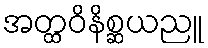
အတ္ထဝိနိစ္ဆယညူ